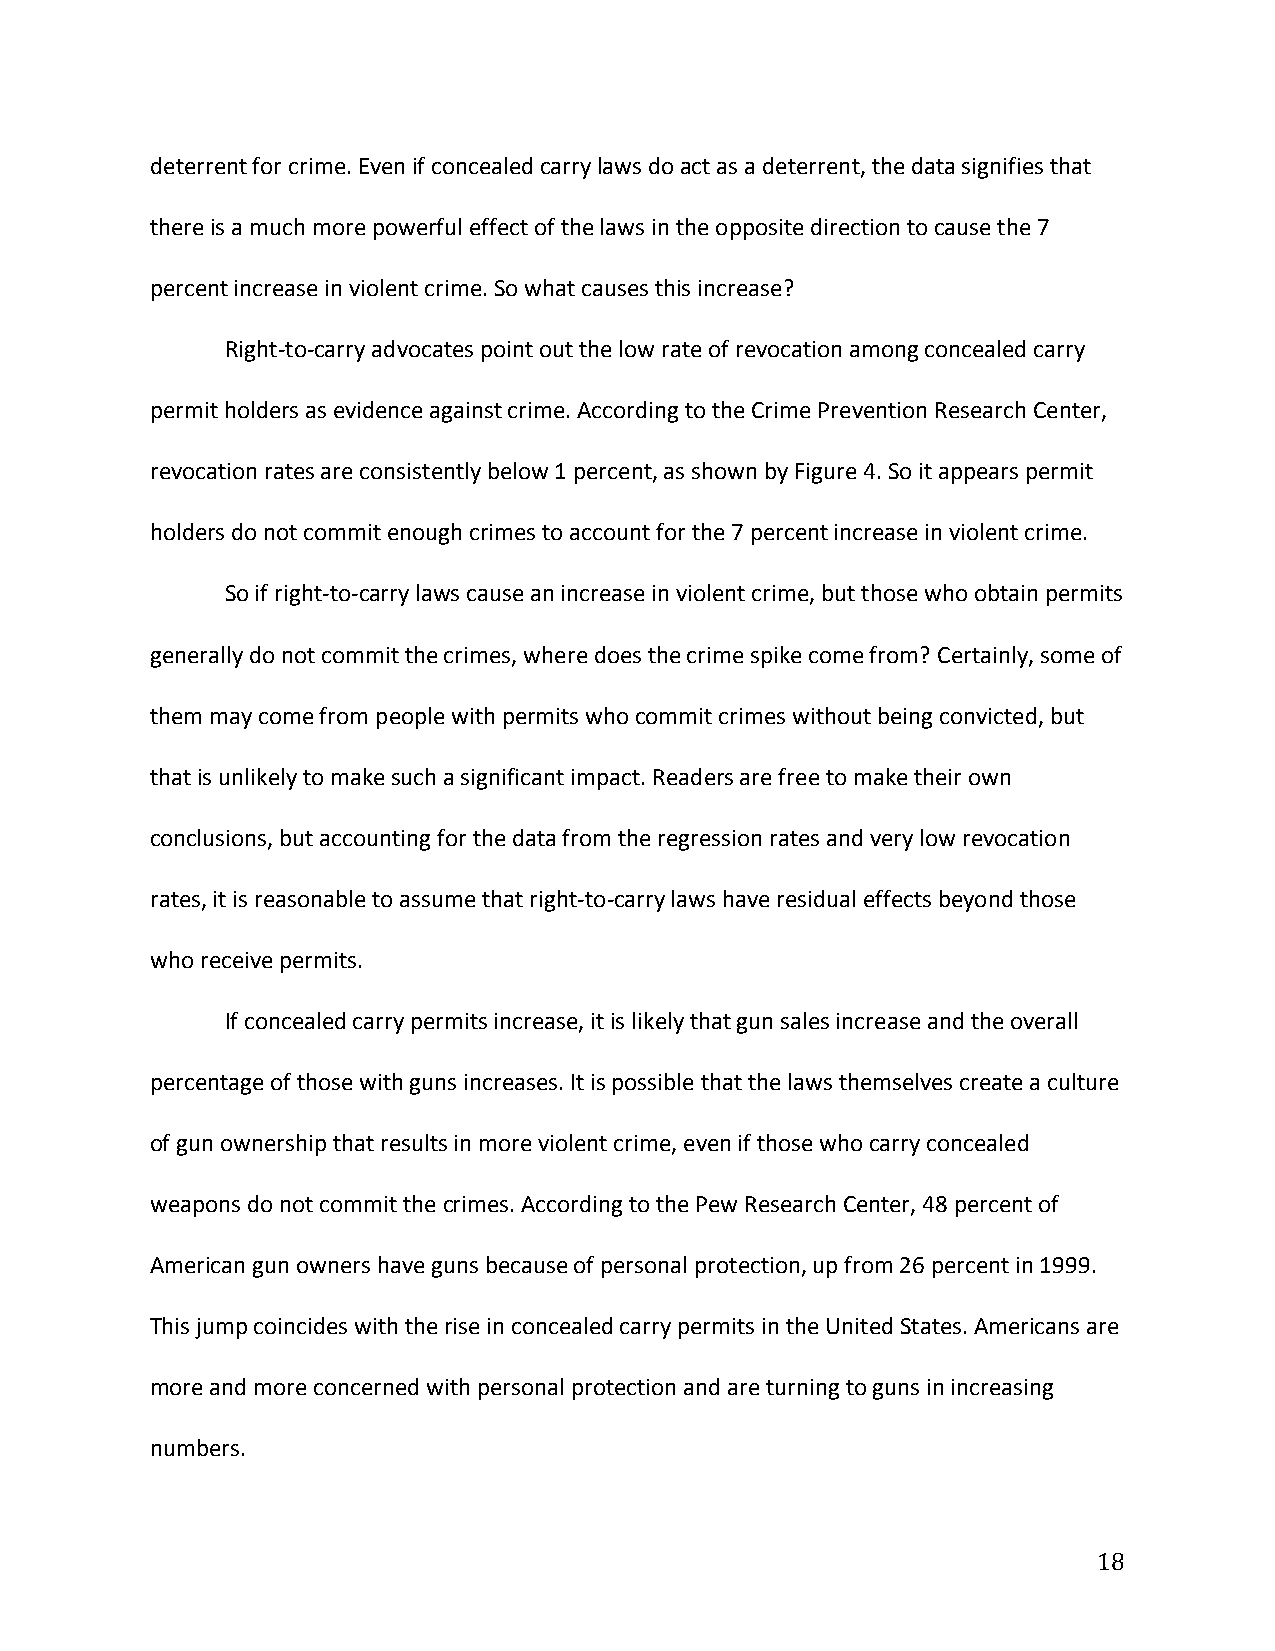
deterrent for crime. Even if concealed carry laws do act as a deterrent, the data signifies that
 there is a much more powerful effect of the laws in the opposite direction to cause the 7
 percent increase in violent crime. So what causes this increase?
 Right-­‐to-­‐carry advocates point out the low rate of revocation among concealed carry
 permit holders as evidence against crime. According to the Crime Prevention Research Center,
 revocation rates are consistently below 1 percent, as shown by Figure 4. So it appears permit
 holders do not commit enough crimes to account for the 7 percent increase in violent crime.
 So if right-­‐to-­‐carry laws cause an increase in violent crime, but those who obtain permits
 generally do not commit the crimes, where does the crime spike come from? Certainly, some of
 them may come from people with permits who commit crimes without being convicted, but
 that is unlikely to make such a significant impact. Readers are free to make their own
 conclusions, but accounting for the data from the regression rates and very low revocation
 rates, it is reasonable to assume that right-­‐to-­‐carry laws have residual effects beyond those
 who receive permits.
 If concealed carry permits increase, it is likely that gun sales increase and the overall
 percentage of those with guns increases. It is possible that the laws themselves create a culture
 of gun ownership that results in more violent crime, even if those who carry concealed
 weapons do not commit the crimes. According to the Pew Research Center, 48 percent of
 American gun owners have guns because of personal protection, up from 26 percent in 1999.
 This jump coincides with the rise in concealed carry permits in the United States. Americans are
 more and more concerned with personal protection and are turning to guns in increasing
 numbers.
 18